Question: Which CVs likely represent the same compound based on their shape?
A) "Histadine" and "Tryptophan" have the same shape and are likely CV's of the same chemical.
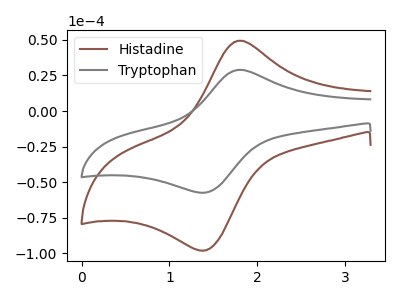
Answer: <think>The brown curve "Histadine" has an anodic peak at (1.80V, 49.40uA) and a cathodic peak at (1.40V, -97.85uA). The gray curve "Tryptophan" has an anodic peak at (1.80V, 28.95uA) and a cathodic peak at (1.40V, -57.30uA).
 All the peaks in "Histadine" have a peak in "Tryptophan" at the same potential. Every peak in "Histadine" is higher than every peak in "Tryptophan".</think>
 <answer>A) "Histadine" and "Tryptophan" have the same shape and are likely CV's of the same chemical.</answer>
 <eval>A</eval>